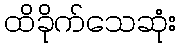
ထိခိုက်သေဆုံး